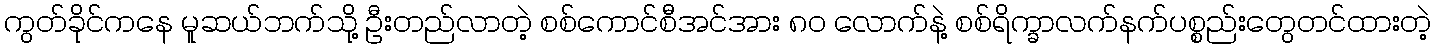
ကွတ်ခိုင်ကနေ မူဆယ်ဘက်သို့ ဦးတည်လာတဲ့ စစ်ကောင်စီအင်အား ၈၀ လောက်နဲ့ စစ်ရိက္ခာလက်နက်ပစ္စည်းတွေတင်ထားတဲ့